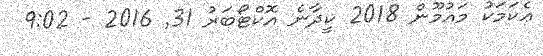
ޢެކަމަކު މައުމޫން 2018 ކީދާނެ އޮކްޓޯބަރު 31